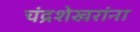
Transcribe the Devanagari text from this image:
चंद्रशेखरांना